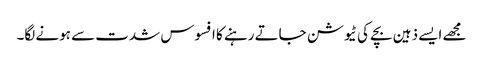
مجھے ایسے ذہین بچے کی ٹیوشن جاتے رہنے کا افسوس شدت سے ہونے لگا۔